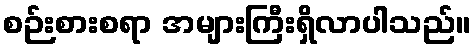
စဉ်းစားစရာ အများကြီးရှိလာပါသည်။